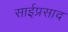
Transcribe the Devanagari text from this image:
साईप्रसाद